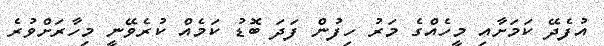
އުފެދޭ ކަމަށާއި މީހެއްގެ މަރު ހިފުން ފަދަ ބޮޑު ކަމެއް ކުރެވޭނީ މިހާރަށްވުރެ